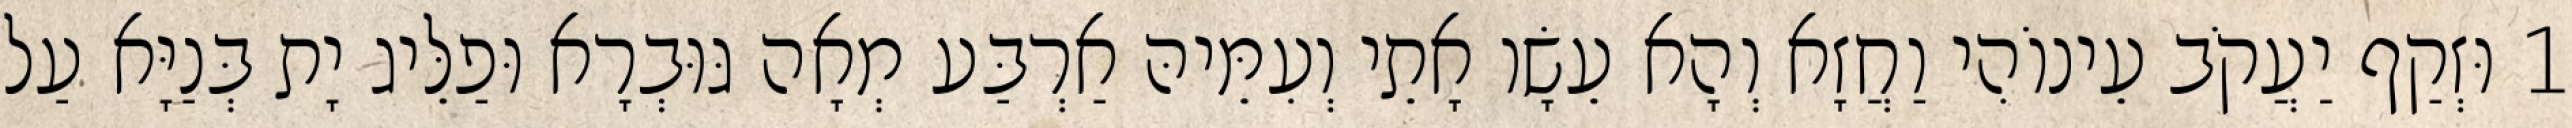
1 וּזְקַף יַעֲקֹב עֵינוֹהִי וַחֲזָא וְהָא עֵשָׂו אָתֵי וְעִמֵּיהּ אַרְבַּע מְאָה גּוּבְרָא וּפַלֵּיג יָת בְּנַיָּא עַל